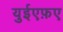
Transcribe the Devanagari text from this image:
युईएफ़ए